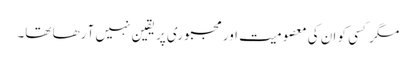
مگر کسی کو ان کی معصومیت اور مجبوری پر یقین نہیں آ رھا تھا۔